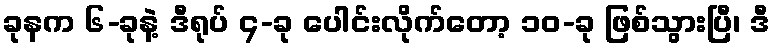
ခုနက ၆-ခုနဲ့ ဒီရုပ် ၄-ခု ပေါင်းလိုက်တော့ ၁၀-ခု ဖြစ်သွားပြီ၊ ဒီ